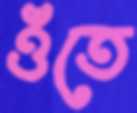
ওঁতে